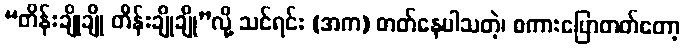
“တိန်းချိုချို တိန်းချိုချို”လို့ သင်ရင်း (အက) တတ်နေပါသတဲ့၊ စကားပြောတတ်တော့